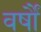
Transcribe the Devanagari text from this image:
वर्षौं